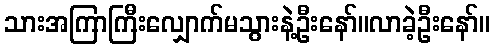
သားအကြာကြီးလျှောက်မသွားနဲ့ဦးနော်။လာခဲ့ဦးနော်။